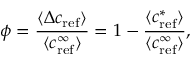
\phi = \frac { \langle \Delta c _ { \mathrm { { r e f } } } \rangle } { \langle c _ { \mathrm { { r e f } } } ^ { \infty } \rangle } = 1 - \frac { \langle c _ { \mathrm { { r e f } } } ^ { * } \rangle } { \langle c _ { \mathrm { { r e f } } } ^ { \infty } \rangle } ,